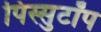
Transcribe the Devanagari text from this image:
पिस्सुटॉप